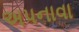
અપનાવા